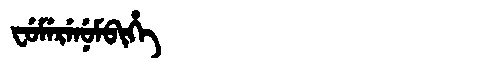
Manchu: ᠸᡠᠮᡝᡵᡝᠨᡠᠮᠪᡳᡥᡝ
Romanization: FUMERENUMBIHE